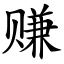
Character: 赚